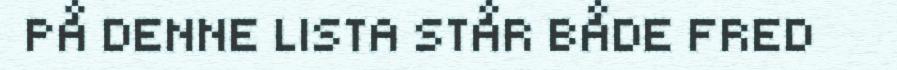
PÅ DENNE LISTA STÅR BÅDE FRED